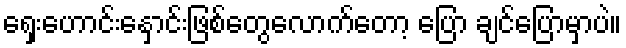
ရှေးဟောင်းနှောင်းဖြစ်တွေလောက်တော့ ပြော ချင်ပြောမှာပဲ။